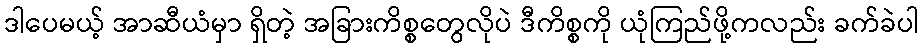
ဒါပေမယ့် အာဆီယံမှာ ရှိတဲ့ အခြားကိစ္စတွေလိုပဲ ဒီကိစ္စကို ယုံကြည်ဖို့ကလည်း ခက်ခဲပါ